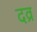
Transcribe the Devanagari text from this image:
दव्र